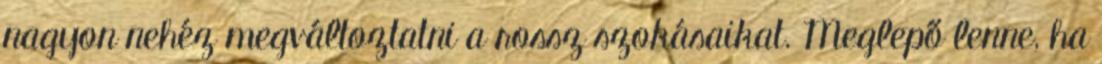
nagyon nehéz megváltoztatni a rossz szokásaikat. Meglepő lenne, ha